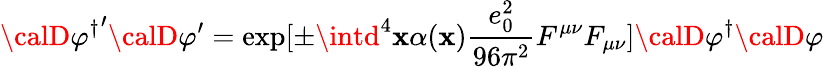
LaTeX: {\calD}{\varphi^{\dagger}}^{\prime}{\calD}\varphi^{\prime}=\exp[\pm\intd^{4}\mathbf{x}\alpha(\mathbf{x})\frac{{e_{0}^{2}}}{{96\pi^{2}}}F^{\mu\nu}F_{\mu\nu}]{\calD}{\varphi^{\dagger}}{\calD}\varphi